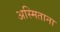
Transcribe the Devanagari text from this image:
अस्मिताना